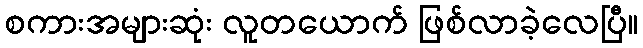
စကားအများဆုံး လူတယောက် ဖြစ်လာခဲ့လေပြီ။